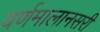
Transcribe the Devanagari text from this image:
वर्णमालानसरी